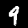
Label: 9